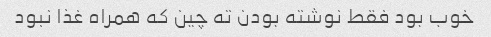
خوب بود فقط نوشته بودن ته چین که همراه غذا نبود